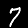
Label: 7